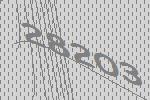
28203